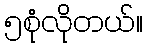
၅စုံလိုတယ်။